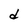
Character: d